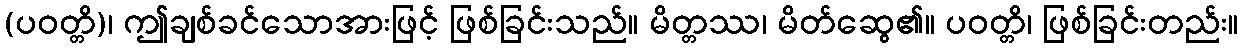
(ပဝတ္တိ)၊ ဤချစ်ခင်သောအားဖြင့် ဖြစ်ခြင်းသည်။ မိတ္တဿ၊ မိတ်ဆွေ၏။ ပဝတ္တိ၊ ဖြစ်ခြင်းတည်း။